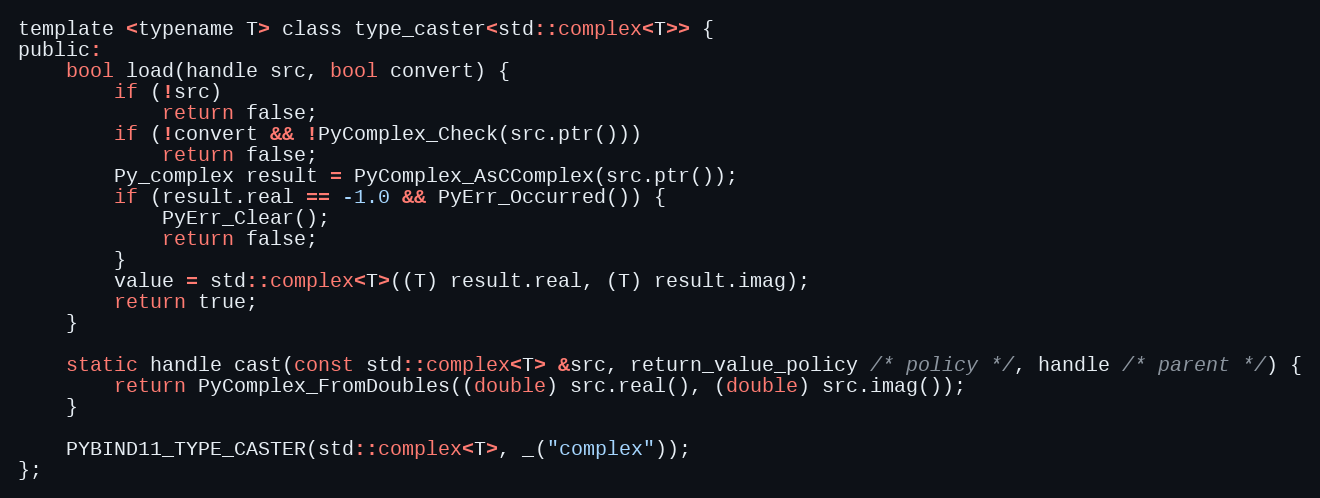
Language: C
template <typename T> class type_caster<std::complex<T>> {
public:
    bool load(handle src, bool convert) {
        if (!src)
            return false;
        if (!convert && !PyComplex_Check(src.ptr()))
            return false;
        Py_complex result = PyComplex_AsCComplex(src.ptr());
        if (result.real == -1.0 && PyErr_Occurred()) {
            PyErr_Clear();
            return false;
        }
        value = std::complex<T>((T) result.real, (T) result.imag);
        return true;
    }

    static handle cast(const std::complex<T> &src, return_value_policy /* policy */, handle /* parent */) {
        return PyComplex_FromDoubles((double) src.real(), (double) src.imag());
    }

    PYBIND11_TYPE_CASTER(std::complex<T>, _("complex"));
};